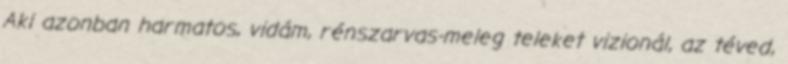
Aki azonban harmatos, vidám, rénszarvas-meleg teleket vizionál, az téved,